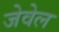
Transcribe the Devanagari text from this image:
जेवेल